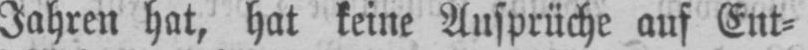
Jahren hat, hat keine Ansprüche auf Ent⸗